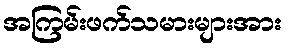
အကြမ်းဖက်သမားများအား